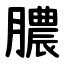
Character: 膿